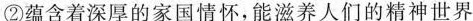
②蕴含着深厚的家国情怀，能滋养人们的精神世界